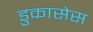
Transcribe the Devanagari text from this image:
डुकासेस